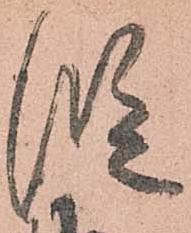
段